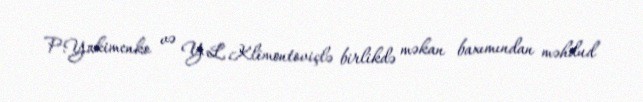
P.Yakimenko və Y.L.Klimontoviçlə birlikdə məkan baxımından məhdud